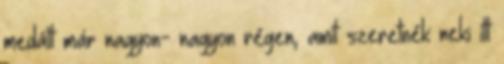
medált már nagyon- nagyon régen, amit szeretnék neki itt